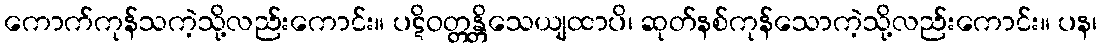
ကောက်ကုန်သကဲ့သို့လည်းကောင်း။ ပဋိဝတ္တန္တိသေယျထာပိ၊ ဆုတ်နစ်ကုန်သောကဲ့သို့လည်းကောင်း။ ပန၊